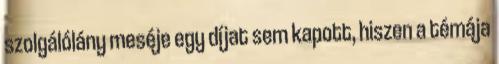
szolgálólány meséje egy díjat sem kapott, hiszen a témája